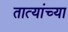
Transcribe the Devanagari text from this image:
तात्यांच्या